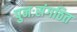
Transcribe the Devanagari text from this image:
पुनःसंगठित